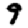
Digit: 9